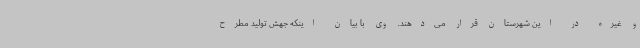
و غیره در این شهرستان قرار می‌دهند. وی با بیان اینکه جهش تولید مطرح